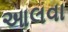
આલવા